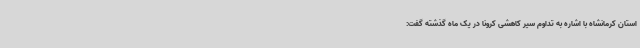
استان کرمانشاه با اشاره به تداوم سیر کاهشی کرونا در یک ماه گذشته گفت: